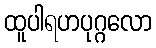
ထူပါရဟပုဂ္ဂလော